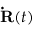
{ \bf \dot { R } } ( t )